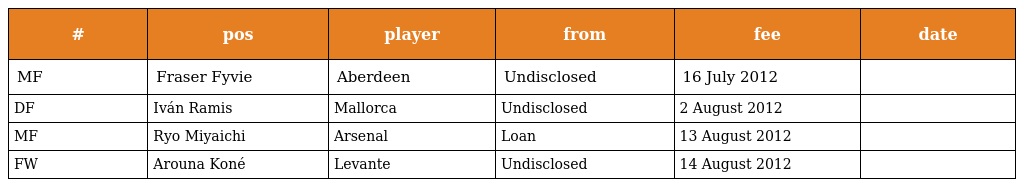
| # | pos | player | from | fee | date |
 | --- | --- | --- | --- | --- | --- |
 | MF | Fraser Fyvie | Aberdeen | Undisclosed | 16 July 2012 |  |
 | DF | Iván Ramis | Mallorca | Undisclosed | 2 August 2012 |  |
 | MF | Ryo Miyaichi | Arsenal | Loan | 13 August 2012 |  |
 | FW | Arouna Koné | Levante | Undisclosed | 14 August 2012 |  |